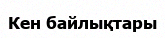
Кен байлықтары